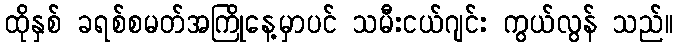
ထိုနှစ် ခရစ်စမတ်အကြိုနေ့မှာပင် သမီးငယ်ဂျင်း ကွယ်လွန် သည်။